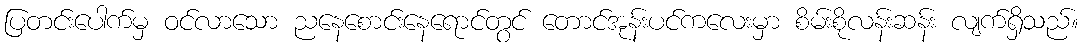
ပြတင်းပေါက်မှ ဝင်လာသော ညနေစောင်းနေရောင်တွင် တောင်အုန်းပင်ကလေးမှာ စိမ်းစိုလန်းဆန်း လျက်ရှိသည်။